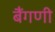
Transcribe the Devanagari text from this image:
बैंगणी